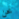
نحن